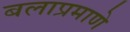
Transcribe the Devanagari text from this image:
बलाप्रमाणे